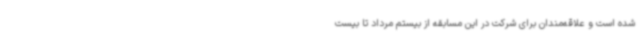
شده است و علاقه‌مندان برای شرکت در این مسابقه از بیستم مرداد تا بیست